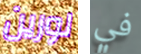
لورين في